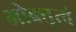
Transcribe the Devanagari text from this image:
भोक्तृत्वं